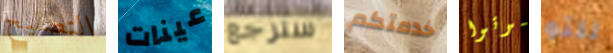
التصليح عينات سترجع خدمتكم موتوا للتو